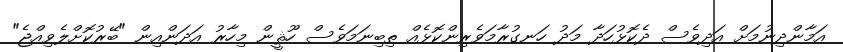
އަމާންދިނުމަށް އަދިވެސް ދެކޮޅުހަދާ މަދު ހަނގުރާމަވެރިންކޮޅެއް ތިބިނަމަވެސް ހޫޘީން މިހާރު އަދަންއިން "ބޭރުކޮށްލެވިއްޖެ"